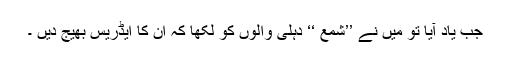
جب یاد آیا تو میں نے ’’شمع ‘‘ دہلی والوں کو لکھا کہ ان کا ایڈریس بھیج دیں ۔